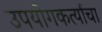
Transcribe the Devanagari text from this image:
उपयोगकर्त्याचा